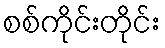
စစ်ကိုင်းတိုင်း